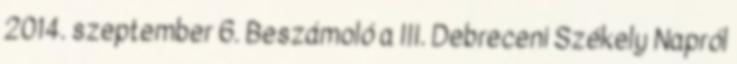
2014. szeptember 6. Beszámoló a III. Debreceni Székely Napról